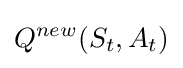
Q^{new}(S_{t},A_{t})